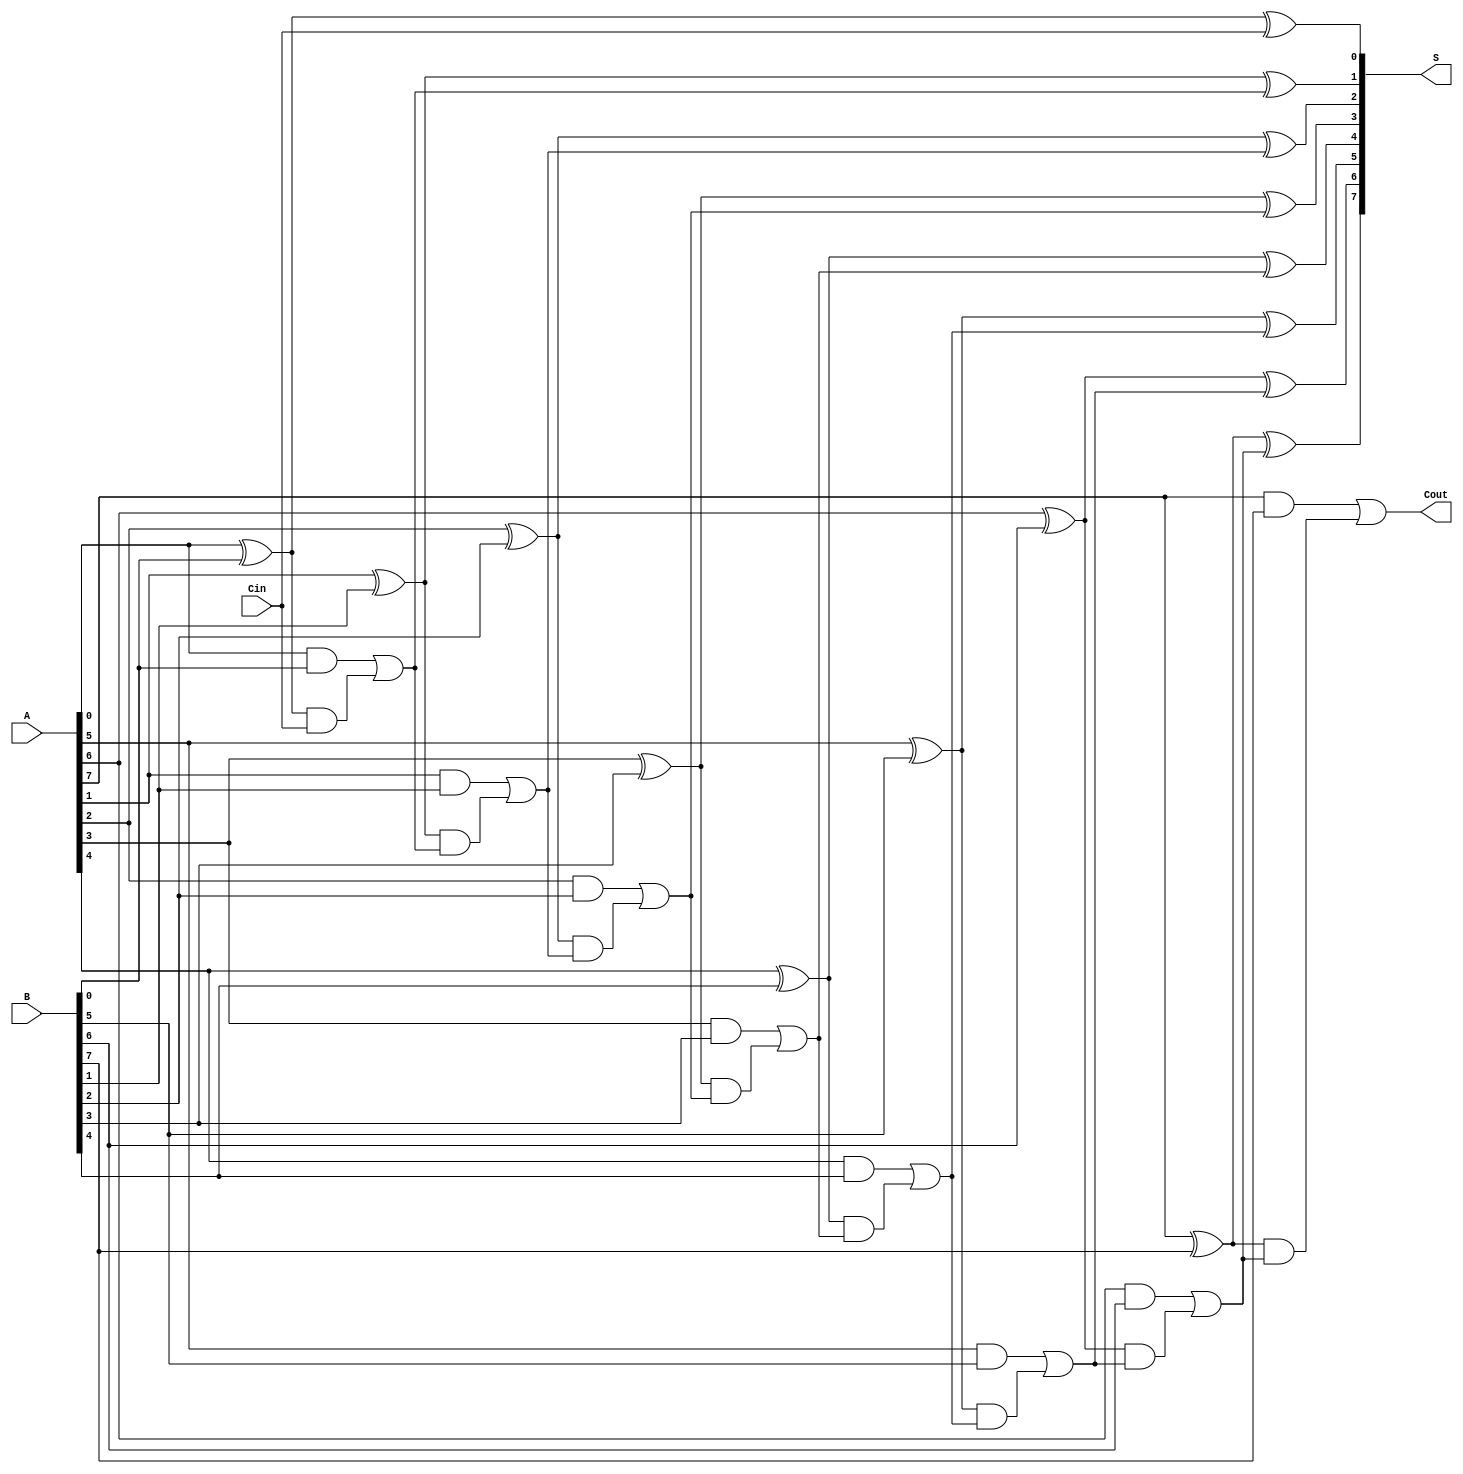
module SklanskyAdder #(
    parameter N = 8 // Width of the adder, can be modified
)(
    input [N-1:0] A,     // First input
    input [N-1:0] B,     // Second input
    input Cin,           // Carry-in
    output [N-1:0] S,    // Sum output
    output Cout          // Carry-out
);

    wire [N-1:0] G; // Generate vector
    wire [N-1:0] P; // Propagate vector
    wire [N:0] C;   // Carry vector

    // Generate and Propagate signals
    genvar i;
    generate
        for (i = 0; i < N; i = i + 1) begin : gen_prop
            assign G[i] = A[i] & B[i];     // Generate
            assign P[i] = A[i] ^ B[i];     // Propagate
        end
    endgenerate

    // Carry calculation
    assign C[0] = Cin; // Initial carry-in

    generate
        for (i = 0; i < N; i = i + 1) begin : carry_gen
            if (i == 0) begin
                assign C[i+1] = G[i] | (P[i] & C[i]);
            end else begin
                assign C[i+1] = G[i] | (P[i] & C[i]);
            end
        end
    endgenerate

    // Sum calculation
    generate
        for (i = 0; i < N; i = i + 1) begin : sum_calc
            assign S[i] = P[i] ^ C[i];
        end
    endgenerate

    // Final carry-out
    assign Cout = C[N];

endmodule